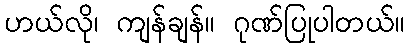
ဟယ်လို၊ ကျန်ချန်။ ဂုဏ်ပြုပါတယ်။